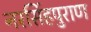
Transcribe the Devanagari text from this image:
नरसिंहपुराण